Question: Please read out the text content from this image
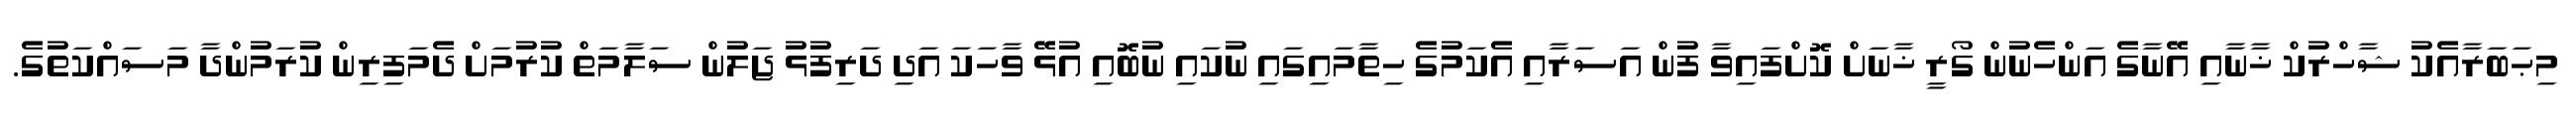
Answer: މިޙަބަރާއެކު ޝާހްރުކް ޚާނާއި އޭނާގެ އަންހެނުން ގޯރީ ޚާނަށް ކޮށްފައިވާ ފުން އަސަރާއި އެކަމުގެ ހިތާމައިގައި ނުކައި ނުބޮއި އުޅޭ ވާހަކަ އަދި ދަރިފުޅު ޖަލުން ސަލާމަތް ކުރުމަށް ދެމަފިރިން ކުރަމުންދާ މަސައްކަތުގެ.